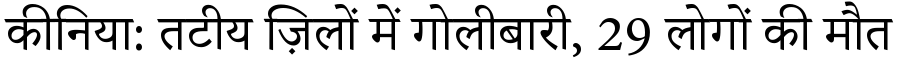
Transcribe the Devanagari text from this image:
कीनिया: तटीय ज़िलों में गोलीबारी, 29 लोगों की मौत